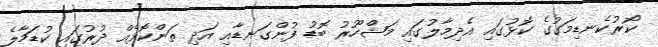
ކޯރުކެނޑިމަގުގެ ކޮޅުގައި އެދިމާލުގައި މަޝްހޫރު ބޮޑު ފުންގަނޑާއި އަދި ތަންކޮޅެެއް ދުރުގައި ކުޑަމާލެ